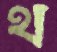
থ